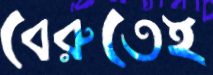
বেরুতেই